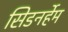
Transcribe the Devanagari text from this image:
सिडनर्हेम